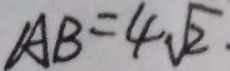
A B = 4 \sqrt { 2 }